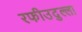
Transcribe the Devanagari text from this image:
रफीउदुल्ला